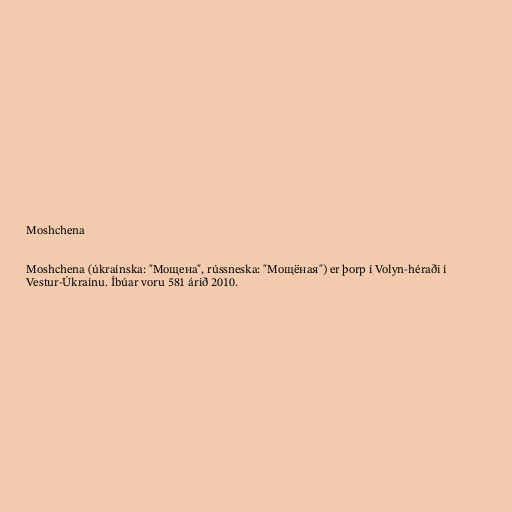
Moshchena

Moshchena (úkraínska: "Мощена", rússneska: "Мощёная") er þorp í Volyn-héraði í
Vestur-Úkraínu. Íbúar voru 581 árið 2010.